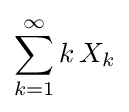
\sum _{k=1}^{\infty }k\,X_{k}